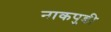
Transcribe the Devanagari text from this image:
नाकपुडी